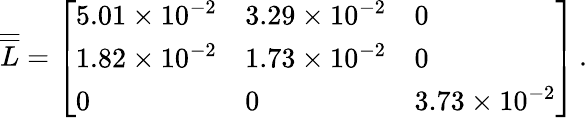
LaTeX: \overline{{\overline{{L}}}}=\left[\begin{array}{lll}{5.01\times 10^{-2}}&{3.29\times 10^{-2}}&{0}\\ {1.82\times 10^{-2}}&{1.73\times 10^{-2}}&{0}\\ {0}&{0}&{3.73\times 10^{-2}}\end{array}\right]\, .